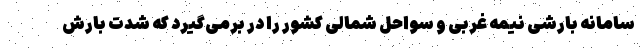
سامانه بارشی نیمه غربی و سواحل شمالی کشور را در برمی‌گیرد که شدت بارش